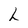
Character: L